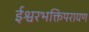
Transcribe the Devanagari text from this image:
ईश्वरभक्तिपरायण